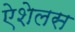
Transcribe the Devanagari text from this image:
ऐशेलस